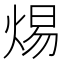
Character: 焬